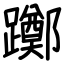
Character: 躑